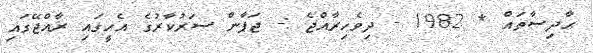
ޙާދިސާތައް * 1982 - ދިވެހިރާއްޖެ :- ޖަޕާން ސަރުކާރުގެ އެހީގައި ރާއްޖޭގައި